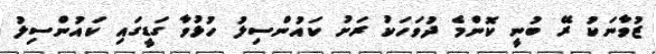
ޒުވާނަކު ރޭ ބުނީ ކޮންމެ ދުވަހަކު ރަށު ކައުންސިލު ހުޅުވާ ގަޑީގައި ކައުންސިލު